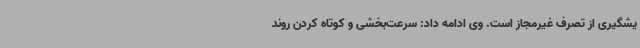
یشگیری از تصرف غیرمجاز است. وی ادامه داد: سرعت‌بخشی و کوتاه کردن روند